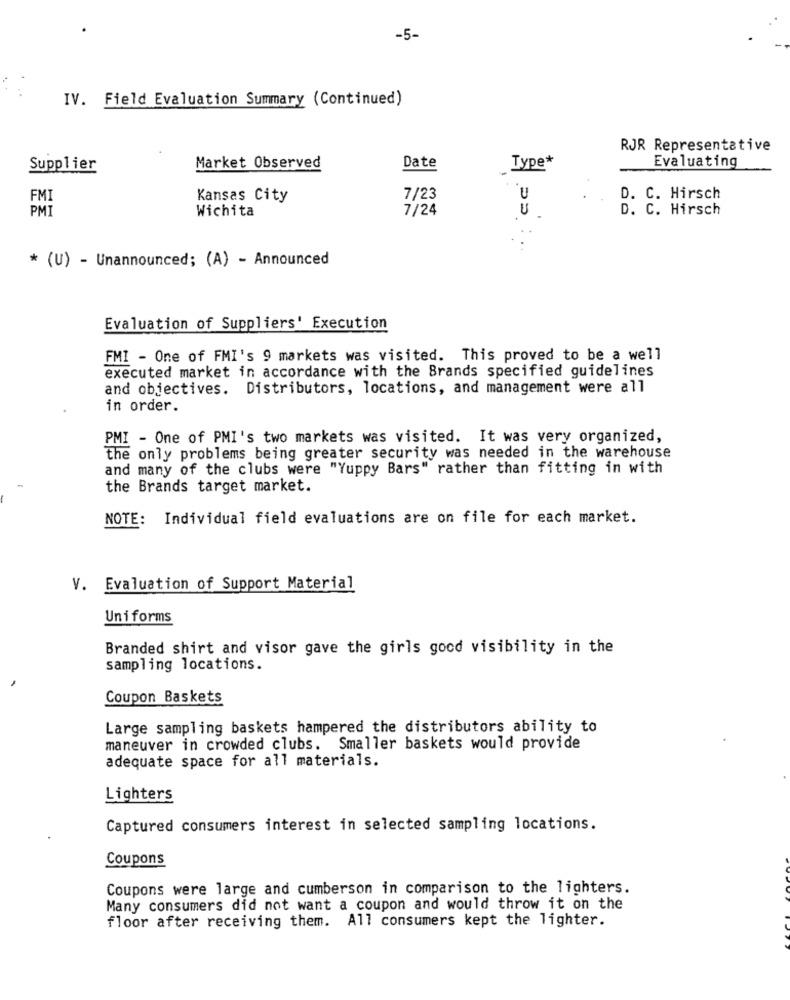
-5-
IV. Field Evaluation Summary (Continued)
RJR Representative
Date
Type*
Supplier
Market Observed
Evaluating
Kansas City
7/23
U
D. C. Hirsch
Wichita
7/24
U
D. C. Hirsch
* (U) - Unannounced; (A) - Announced
Evaluation of Suppliers' Execution
FMI - One of FMI's 9 markets was visited. This proved to be a well
executed market in accordance with the Brands specified guidelines
and objectives. Distributors, locations, and management were all
in order.
PMI - One of PMI's two markets was visited. It was very organized,
the only problems being greater security was needed in the warehouse
and many of the clubs were "Yuppy Bars" rather than fitting in with
the Brands target market.
NOTE: Individual field evaluations are on file for each market.
V. Evaluation of Support Material
Uniforms
Branded shirt and visor gave the girls good visibility in the
sampling locations.
Coupon Baskets
Large sampling baskets hampered the distributors ability to
maneuver in crowded clubs. Smaller baskets would provide
adequate space for all materials.
Lighters
Captured consumers interest in selected sampling locations.
Coupons
Coupons were large and cumberson in comparison to the lighters.
Many consumers did not want a coupon and would throw it on the
floor after receiving them. All consumers kept the lighter.